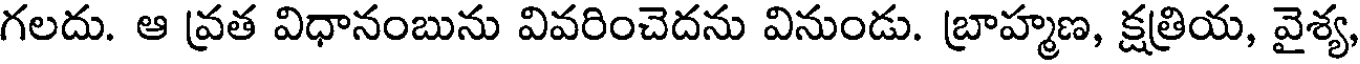
గలదు. ఆ వ్రత విధానంబును వివరించెదను వినుండు. బ్రాహ్మణ, క్షత్రియ, వైశ్య,